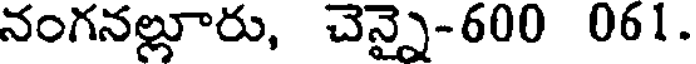
నంగనల్లూరు, చెన్నై-600 061.